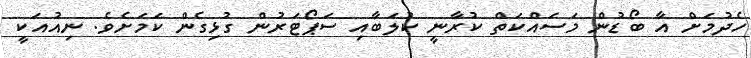
ހެދުމަށް އާ ބޯޑުން މަސައްކަތް ކުރާނީ ކުލަބާއި ސަޕޯޓަރުން ގުޅިގެން ކަމަށެވެ. ނިއުއަކީ